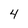
Character: 4